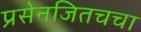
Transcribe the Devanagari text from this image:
प्रसेनजितचचा